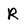
Character: R